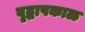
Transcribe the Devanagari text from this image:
वृद्धापकाळ